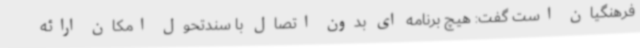
فرهنگیان است گفت: هیچ برنامه ای بدون اتصال با سندتحول امکان ارائه